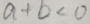
a + b < 0